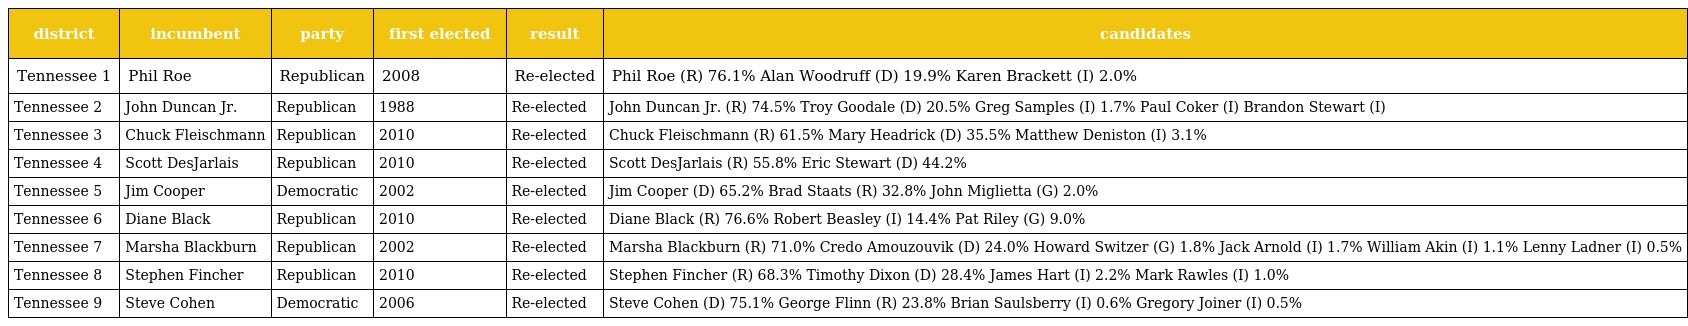
| district | incumbent | party | first elected | result | candidates |
 | --- | --- | --- | --- | --- | --- |
 | Tennessee 1 | Phil Roe | Republican | 2008 | Re-elected | Phil Roe (R) 76.1% Alan Woodruff (D) 19.9% Karen Brackett (I) 2.0% |
 | Tennessee 2 | John Duncan Jr. | Republican | 1988 | Re-elected | John Duncan Jr. (R) 74.5% Troy Goodale (D) 20.5% Greg Samples (I) 1.7% Paul Coker (I) Brandon Stewart (I) |
 | Tennessee 3 | Chuck Fleischmann | Republican | 2010 | Re-elected | Chuck Fleischmann (R) 61.5% Mary Headrick (D) 35.5% Matthew Deniston (I) 3.1% |
 | Tennessee 4 | Scott DesJarlais | Republican | 2010 | Re-elected | Scott DesJarlais (R) 55.8% Eric Stewart (D) 44.2% |
 | Tennessee 5 | Jim Cooper | Democratic | 2002 | Re-elected | Jim Cooper (D) 65.2% Brad Staats (R) 32.8% John Miglietta (G) 2.0% |
 | Tennessee 6 | Diane Black | Republican | 2010 | Re-elected | Diane Black (R) 76.6% Robert Beasley (I) 14.4% Pat Riley (G) 9.0% |
 | Tennessee 7 | Marsha Blackburn | Republican | 2002 | Re-elected | Marsha Blackburn (R) 71.0% Credo Amouzouvik (D) 24.0% Howard Switzer (G) 1.8% Jack Arnold (I) 1.7% William Akin (I) 1.1% Lenny Ladner (I) 0.5% |
 | Tennessee 8 | Stephen Fincher | Republican | 2010 | Re-elected | Stephen Fincher (R) 68.3% Timothy Dixon (D) 28.4% James Hart (I) 2.2% Mark Rawles (I) 1.0% |
 | Tennessee 9 | Steve Cohen | Democratic | 2006 | Re-elected | Steve Cohen (D) 75.1% George Flinn (R) 23.8% Brian Saulsberry (I) 0.6% Gregory Joiner (I) 0.5% |